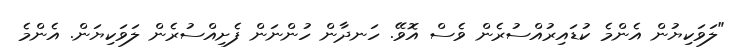
"ލަވަކިޔުން އެންމެ ކުޑައިރުއްސުރެން ވެސް އޮވޭ. ހަނދާން ހުންނަން ފެށިއްސުރެން ލަވަކިޔަން. އެންމެ